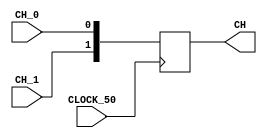
module ChanBundle(
	input wire CH_0,
	input wire CH_1,
	input wire CLOCK_50,
	output [1:0]CH
	
);
reg [1:0] data;
always @(posedge CLOCK_50)
begin
	data[0] <= CH_0;
	data[1] <= CH_1;
end

assign CH[1:0] = data[1:0];

endmodule